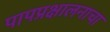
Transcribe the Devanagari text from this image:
पापप्रक्षालनाचा